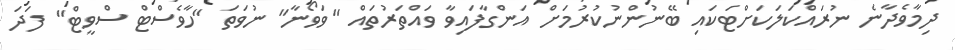
ދިމާވެދާނެ ނުރައްކަލަކަށްޓަކައި ބޭނުންނުކުރުމަށް އަންގާފައިވާ ވައްތަރުތައް "ވަވޯނާ" ނުވަތަ "ހާވެސްޓް ސްވީޓް" ފަދަ